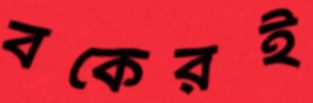
বকেরই